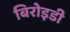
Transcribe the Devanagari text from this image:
बिरोइडी